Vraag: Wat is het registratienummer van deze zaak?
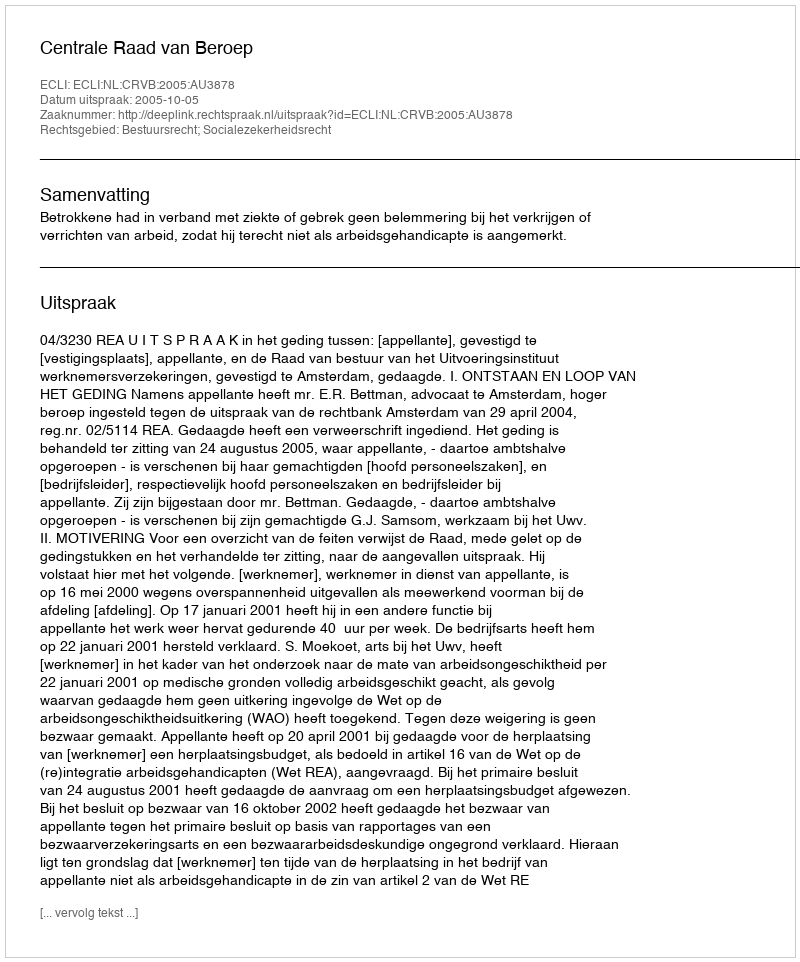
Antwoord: http://deeplink.rechtspraak.nl/uitspraak?id=ECLI:NL:CRVB:2005:AU3878